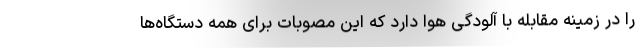
را در زمینه مقابله با آلودگی هوا دارد که این مصوبات برای همه دستگاه‌ها